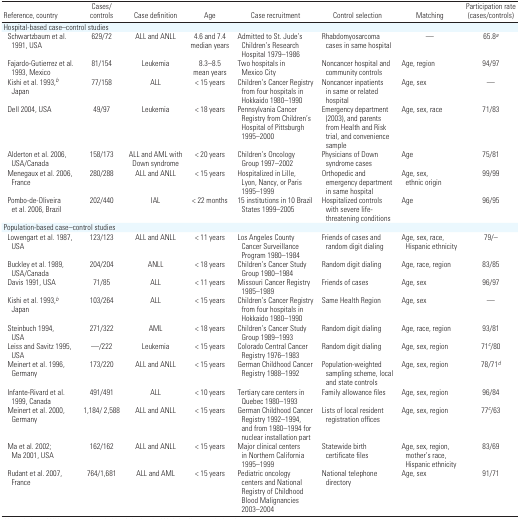
<table><thead><tr><td><b>Reference, country</b></td><td><b>Cases/controls</b></td><td><b>Case definition</b></td><td><b>Age</b></td><td><b>Case recruitment</b></td><td><b>Control selection</b></td><td><b>Matching</b></td><td><b>Participation rate (cases/controls)</b></td></tr></thead><tbody><tr><td colspan="8">Hospital-based case–control studies</td></tr><tr><td> Schwartzbaum et al. 1991, USA</td><td>629/72</td><td>ALL and ANLL</td><td>4.6 and 7.4 median years</td><td>Admitted to St. Jude’s Children’s Research Hospital 1979–1986</td><td>Rhabdomyosarcoma cases in same hospital</td><td>—</td><td>65.8a</td></tr><tr><td> Fajardo-Gutierrez et al. 1993, Mexico</td><td>81/154</td><td>Leukemia</td><td>8.3–8.5 mean years</td><td>Two hospitals in Mexico City</td><td>Noncancer hospital and community controls</td><td>Age, region</td><td>94/97</td></tr><tr><td> Kishi et al. 1993,b Japan</td><td>77/158</td><td>ALL</td><td>&lt; 15 years</td><td>Children’s Cancer Registry from four hospitals in Hokkaido 1980–1990</td><td>Noncancer inpatients in same or related hospital</td><td>Age, sex</td><td>—</td></tr><tr><td> Dell 2004, USA</td><td>49/97</td><td>Leukemia</td><td>&lt; 18 years</td><td>Pennsylvania Cancer Registry from Children’s Hospital of Pittsburgh 1995–2000</td><td>Emergency department (2003), and parents from Health and Risk trial, and convenience sample</td><td>Age, sex, race</td><td>71/83</td></tr><tr><td> Alderton et al. 2006, USA/Canada</td><td>158/173</td><td>ALL and AML with Down syndrome</td><td>&lt; 20 years</td><td>Children’s Oncology Group 1997–2002</td><td>Physicians of Down syndrome cases</td><td>Age</td><td>75/81</td></tr><tr><td> Menegaux et al. 2006, France</td><td>280/288</td><td>ALL and ANLL</td><td>&lt; 15 years</td><td>Hospitalized in Lille, Lyon, Nancy, or Paris 1995–1999</td><td>Orthopedic and emergency department in same hospital</td><td>Age, sex, ethnic origin</td><td>99/99</td></tr><tr><td> Pombo-de-Oliveira et al. 2006, Brazil</td><td>202/440</td><td>IAL</td><td>&lt; 22 months</td><td>15 institutions in 10 Brazil States 1999–2005</td><td>Hospitalized controls with severe life- threatening conditions</td><td>Age</td><td>96/95</td></tr><tr><td colspan="8">Population-based case–control studies</td></tr><tr><td> Lowengart et al. 1987, USA</td><td>123/123</td><td>ALL and ANLL</td><td>&lt; 11 years</td><td>Los Angeles County Cancer Surveillance Program 1980–1984</td><td>Friends of cases and random digit dialing</td><td>Age, sex, race, Hispanic ethnicity</td><td>79/–</td></tr><tr><td> Buckley et al. 1989, USA/Canada</td><td>204/204</td><td>ANLL</td><td>&lt; 18 years</td><td>Children’s Cancer Study Group 1980–1984</td><td>Random digit dialing</td><td>Age, race, region</td><td>83/85</td></tr><tr><td> Davis 1991, USA</td><td>71/85</td><td>ALL</td><td>&lt; 11 years</td><td>Missouri Cancer Registry 1985–1989</td><td>Friends of cases</td><td>Age, sex</td><td>96/97</td></tr><tr><td> Kishi et al. 1993,b Japan</td><td>103/264</td><td>ALL</td><td>&lt; 15 years</td><td>Children’s Cancer Registry from four hospitals in Hokkaido 1980–1990</td><td>Same Health Region</td><td>Age, sex</td><td>—</td></tr><tr><td> Steinbuch 1994, USA</td><td>271/322</td><td>AML</td><td>&lt; 18 years</td><td>Children’s Cancer Study Group 1989–1993</td><td>Random digit dialing</td><td>Age, race, region</td><td>93/81</td></tr><tr><td> Leiss and Savitz 1995, USA</td><td>—/222</td><td>Leukemia</td><td>&lt; 15 years</td><td>Colorado Central Cancer Registry 1976–1983</td><td>Random digit dialing</td><td>Age, sex, region</td><td>71c/80</td></tr><tr><td> Meinert et al. 1996, Germany</td><td>173/220</td><td>ALL and ANLL</td><td>&lt; 15 years</td><td>German Childhood Cancer Registry 1988–1992</td><td>Population-weighted sampling scheme, local and state controls</td><td>Age, sex, region</td><td>78/71d</td></tr><tr><td> Infante-Rivard et al. 1999, Canada</td><td>491/491</td><td>ALL</td><td>&lt; 10 years</td><td>Tertiary care centers in Quebec 1980–1993</td><td>Family allowance files</td><td>Age, sex, region</td><td>96/84</td></tr><tr><td> Meinert et al. 2000, Germany</td><td>1,184/2,588</td><td>ALL and ANLL</td><td>&lt; 15 years</td><td>German Childhood Cancer Registry 1992–1994, and from 1980–1994 for nuclear installation part</td><td>Lists of local resident registration offices</td><td>Age, sex, region</td><td>77c/63</td></tr><tr><td> Ma et al. 2002; Ma 2001, USA</td><td>162/162</td><td>ALL and ANLL</td><td>&lt; 15 years</td><td>Major clinical centers in Northern California 1995–1999</td><td>Statewide birth certificate files</td><td>Age, sex, region, mother’s race, Hispanic ethnicity</td><td>83/69</td></tr><tr><td> Rudant et al. 2007, France</td><td>764/1,681</td><td>ALL and AML</td><td>&lt; 15 years</td><td>Pediatric oncology centers and National Registry of Childhood Blood Malignancies 2003–2004</td><td>National telephone directory</td><td>Age, sex</td><td>91/71</td></tr></tbody></table>